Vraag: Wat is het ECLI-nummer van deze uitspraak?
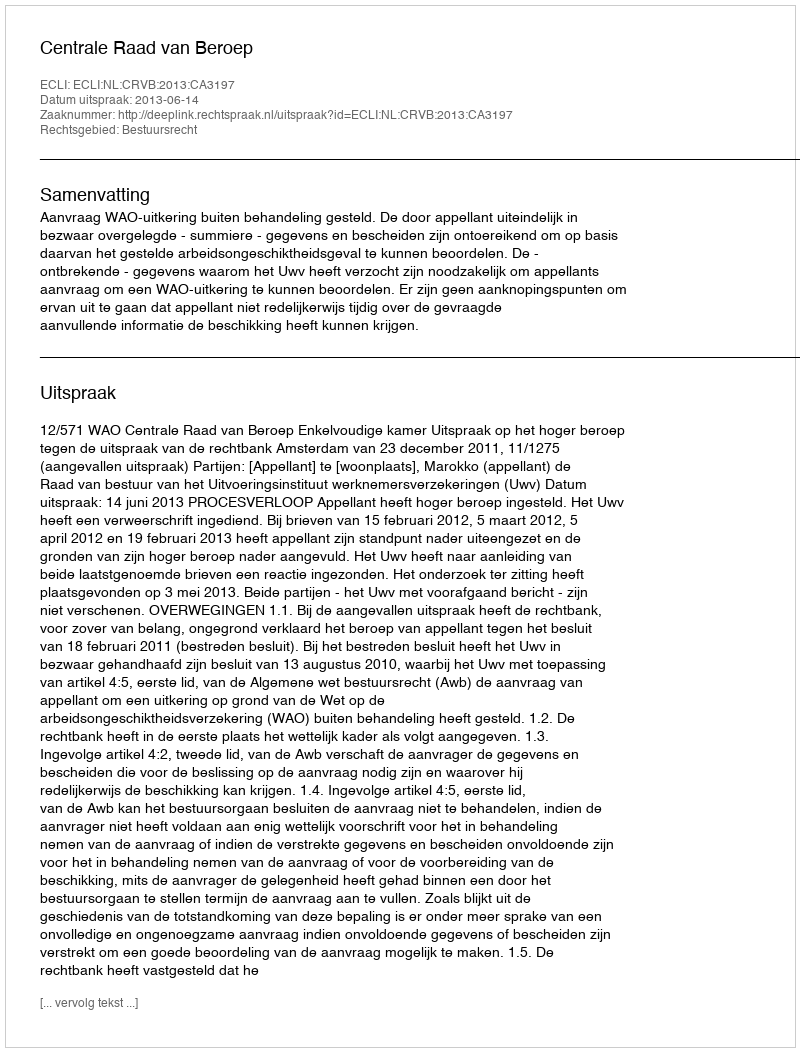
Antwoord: ECLI:NL:CRVB:2013:CA3197